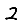
Digit: 2